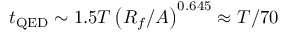
t _ { \mathrm { Q E D } } \sim 1 . 5 T \left( R _ { f } / A \right) ^ { 0 . 6 4 5 } \approx T / 7 0